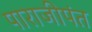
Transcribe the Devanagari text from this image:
पाराजीपंत